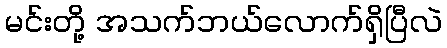
မင်းတို့ အသက်ဘယ်လောက်ရှိပြီလဲ